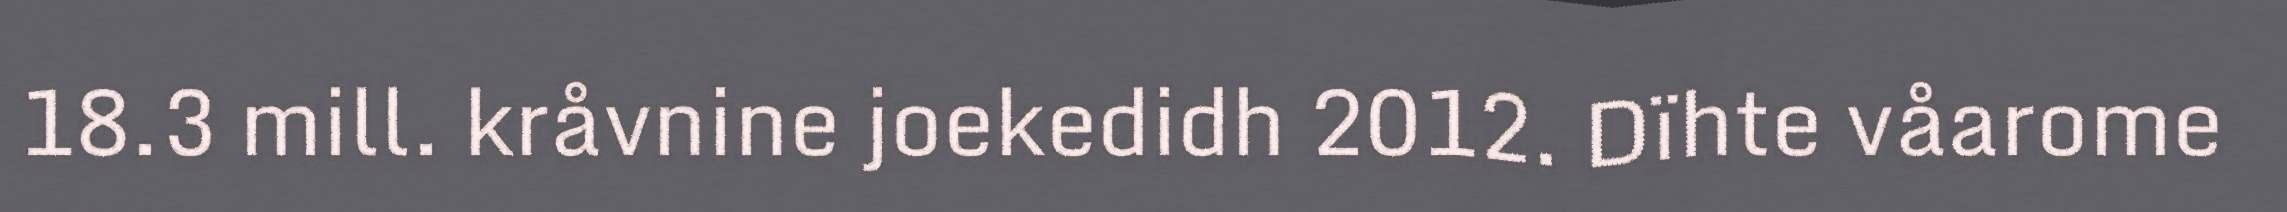
18.3 mill. kråvnine joekedidh 2012. Dïhte våarome